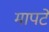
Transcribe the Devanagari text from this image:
मापटें